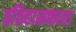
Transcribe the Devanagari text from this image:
इतिहासकारा